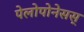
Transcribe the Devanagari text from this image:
पेलोपोनेसस्